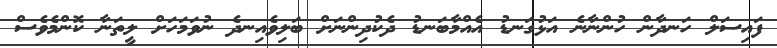
ފައިސަލް ހަނދާން ހުންނާނެ އަޅުގަނޑު އެއްމާބަނޑު ދެކުދިންނަށް ބަލިވެއިނދެ ނުވަމަހަށް ލީތަނާ ކޮންމެވެސް